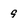
Character: 9